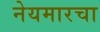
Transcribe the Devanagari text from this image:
नेयमारचा